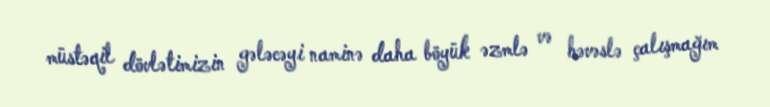
müstəqil dövlətimizin gələcəyi naminə daha böyük əzmlə və həvəslə çalışmağım